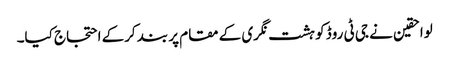
لواحقین نے جی ٹی روڈ کو ہشت نگری کے مقام پر بند کرکے احتجاج کیا۔